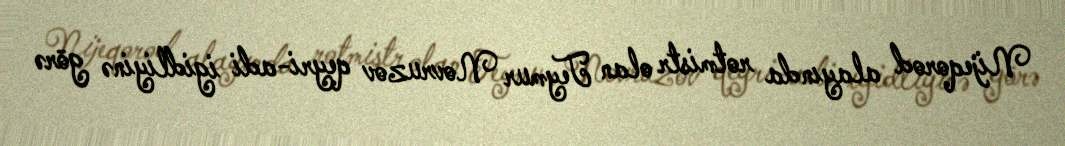
Nijeqorod alayında rotmistr olan Teymur Novruzov qeyri-adi igidliyinə görə